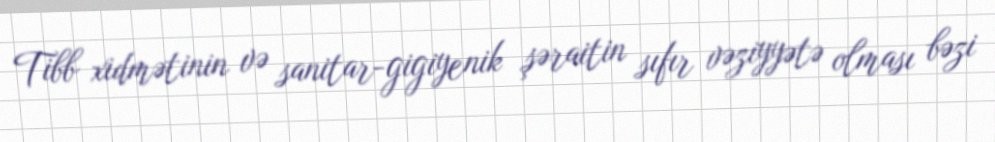
Tibb xidmətinin və sanitar-gigiyenik şəraitin sıfır vəziyyətə olması bəzi